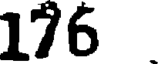
176